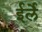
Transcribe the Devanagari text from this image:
ईर्ले